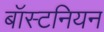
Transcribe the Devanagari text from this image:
बॉस्टनियन